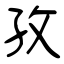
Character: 孜